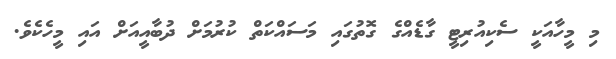
މި މީހާއަކީ ސެކިއުރިޓީ ގާޑެއްގެ ގޮތުގައި މަސައްކަތް ކުރުމަށް ދުބާއީއަށް އައި މީހެކެވެ.